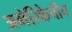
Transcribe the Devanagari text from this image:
अमेरिकेचीच